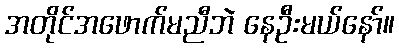
အတိုင်အဖောက်မညီဘဲ နေဦးမယ်နော်။